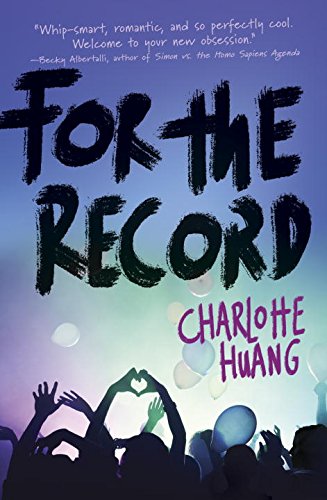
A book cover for For the Record; Charlotte Huang; Teen & Young Adult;